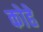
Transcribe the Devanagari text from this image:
कोहे